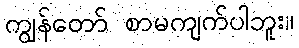
ကျွန်တော် စာမကျက်ပါဘူး။